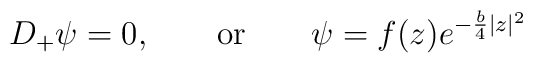
D_+\psi=0, \qquad {\rm or} \qquad \psi=f(z)e^{-\frac{b}{4}|z|^2}